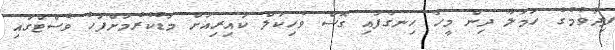
ފިދާވުމުގެ ހަމަލާ ދިން މީހާ ހިނގާފައި ގޮސް ވެހިކަލް ކައިރިއަށް މަޑުކުރުމަށްފަހު ވެސްޓްގައި